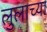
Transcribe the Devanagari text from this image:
लुलाच्या